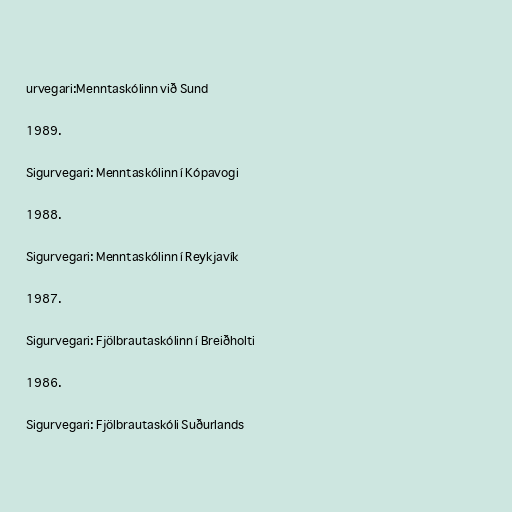
urvegari:Menntaskólinn við Sund

1989.

Sigurvegari: Menntaskólinn í Kópavogi

1988.

Sigurvegari: Menntaskólinn í Reykjavík

1987.

Sigurvegari: Fjölbrautaskólinn í Breiðholti

1986.

Sigurvegari: Fjölbrautaskóli Suðurlands